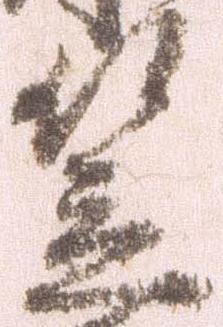
笠